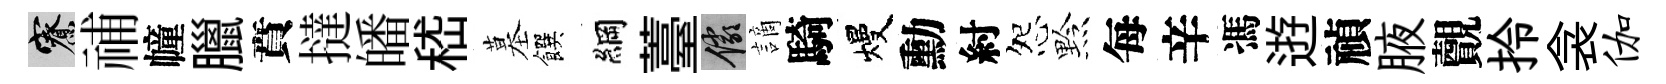
寮𥙷幢臘賁撻皤嵇墓饌綱薹儼謫騎熳勳紂怨黔每辛馮逰禎腋覿拎衾伽